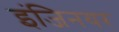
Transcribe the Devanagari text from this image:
इंजिनयर